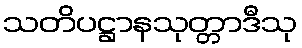
သတိပဋ္ဌာနသုတ္တာဒီသု